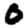
Digit: 0